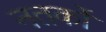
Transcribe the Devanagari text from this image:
नतर्कों